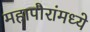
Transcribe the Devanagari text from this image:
महापौरांमध्ये